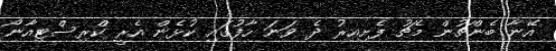
އޭނާ ބެންޗުން މެޗު ފެށިއިރު ދެ ވަނަ ހާފުގައި ކުޅެން އެރީ ކްރިސްޓިއާނޯ